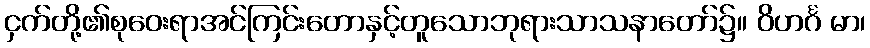
ငှက်တို့၏စုဝေးရာအင်ကြင်းတောနှင့်တူသောဘုရားသာသနာတော်၌။ ဝိဟင်္ဂ မာ၊